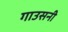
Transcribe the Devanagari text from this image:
गाउसनी